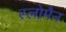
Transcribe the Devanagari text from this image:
स्लोमैन